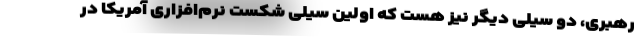
رهبری، دو سیلی دیگر نیز هست که اولین سیلی شکست نرم‌افزاری آمریکا در